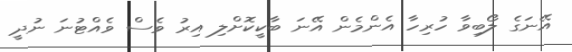
އޭނަގެ ލޯބިވާ ހުރިހާ އެންމެން އޭނަ ބާކީކޮށްލި އިރު ވެސް ވެއްޓުނަ ނުދީ